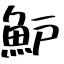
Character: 魲